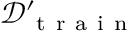
\mathcal { D } _ { \mathrm { ~ t ~ r ~ a ~ i ~ n ~ } } ^ { \prime }